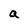
Character: a